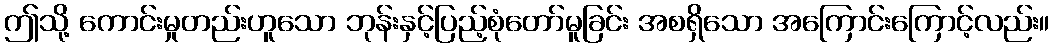
ဤသို့ ကောင်းမှုတည်းဟူသော ဘုန်းနှင့်ပြည့်စုံတော်မူခြင်း အစရှိသော အကြောင်းကြောင့်လည်း။